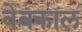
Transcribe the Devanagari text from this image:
वेबकाल